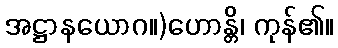
အဋ္ဌာနယောဂ။)ဟောန္တိ၊ ကုန်၏။